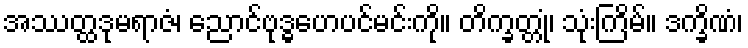
အဿတ္ထဒုမရာဇံ၊ ညောင်ဗုဒ္ဓဟေပင်မင်းကို။ တိက္ခတ္တုံ၊ သုံးကြိမ်။ ဒက္ခိဏံ၊